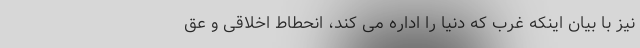
نیز با بیان اینکه غرب که دنیا را اداره می کند، انحطاط اخلاقی و عق